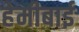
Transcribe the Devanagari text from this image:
हेमीबाई